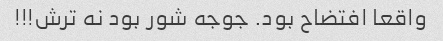
واقعا افتضاح بود. جوجه شور بود نه ترش!!!